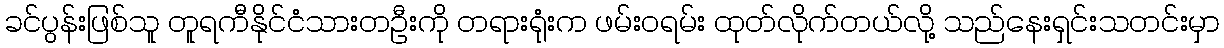
ခင်ပွန်းဖြစ်သူ တူရကီနိုင်ငံသားတဦးကို တရားရုံးက ဖမ်းဝရမ်း ထုတ်လိုက်တယ်လို့ သည်နေးရှင်းသတင်းမှာ